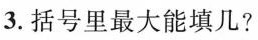
3.括号里最大能填几?